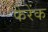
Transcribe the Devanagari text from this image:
फेरेंक